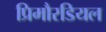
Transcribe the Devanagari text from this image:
प्रिमौरडियल